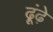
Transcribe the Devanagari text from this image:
ढ़ूंढ़े